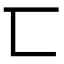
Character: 匸